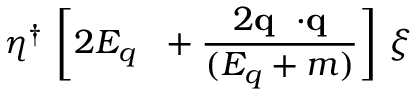
{ \eta } ^ { \dag } \ \biggl [ 2 E _ { q } \ { \bf \bf { \sigma } } + \frac { 2 { \bf q } \ { \bf { \sigma } } { \cdot } { \bf q } } { ( E _ { q } + m ) } \biggr ] \ { \xi }